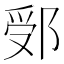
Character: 𨛶